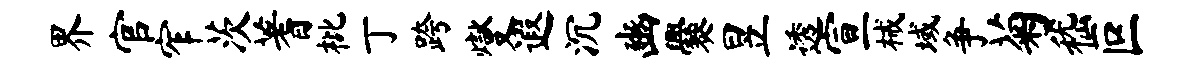
界官窄茨蓍枇丁跨燮遐沉豳爨昱透宣械域争菊嵇叵